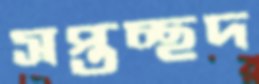
সপ্তচ্ছদ